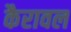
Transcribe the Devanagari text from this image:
कैरावल